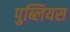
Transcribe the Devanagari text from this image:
पुब्लियस